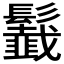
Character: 𩯶